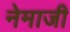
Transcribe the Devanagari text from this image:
नेमाजी